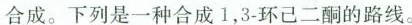
合成。下列是一种合成1，3-环己二酮的路线。